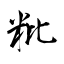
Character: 粃